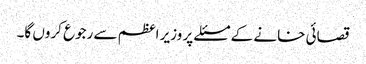
قصائی خانے کے مسئلے پر وزیر اعظم سے رجوع کروں گا۔